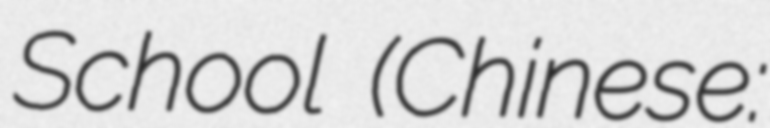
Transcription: School (Chinese: